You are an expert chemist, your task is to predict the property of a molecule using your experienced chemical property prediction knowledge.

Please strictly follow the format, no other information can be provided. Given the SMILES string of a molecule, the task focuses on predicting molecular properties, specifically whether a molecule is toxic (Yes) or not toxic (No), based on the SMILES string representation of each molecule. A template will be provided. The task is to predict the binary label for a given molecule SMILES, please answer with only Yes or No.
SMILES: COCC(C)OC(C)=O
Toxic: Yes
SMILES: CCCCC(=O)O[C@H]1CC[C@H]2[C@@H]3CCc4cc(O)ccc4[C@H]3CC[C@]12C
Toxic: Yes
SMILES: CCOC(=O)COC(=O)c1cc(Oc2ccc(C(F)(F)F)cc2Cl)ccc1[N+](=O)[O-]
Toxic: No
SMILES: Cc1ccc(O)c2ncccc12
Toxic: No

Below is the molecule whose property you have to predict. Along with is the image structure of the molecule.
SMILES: CC1(C)[C@@H]2CC[C@@]1(C)C(=O)C2
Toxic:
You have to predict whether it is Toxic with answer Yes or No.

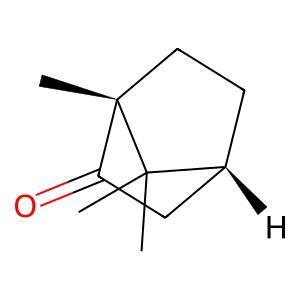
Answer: No